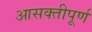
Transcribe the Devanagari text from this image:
आसक्तीपूर्ण